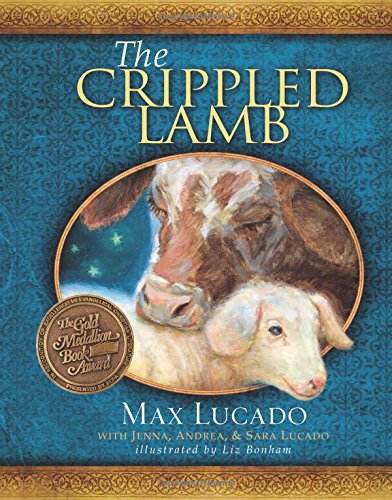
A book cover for The Crippled Lamb; Max Lucado; Children's Books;